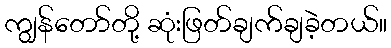
ကျွန်တော်တို့ ဆုံးဖြတ်ချက်ချခဲ့တယ်။